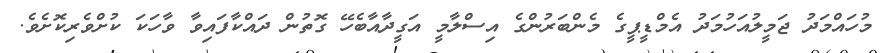
މުހައްމަދު ޖަމީލުއަހުމަދު އެމްޑީޕީގެ މެންބަރުންގެ އިސްލާމީ އަގީދާއާބެހޭ ގޮތުން ދައްކާފައިވާ ވާހަކަ ކުށްވެރިކޮށެވެ.